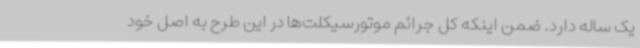
یک ساله دارد. ضمن اینکه کل جرائم موتورسیکلت‌ها در این طرح به اصل خود